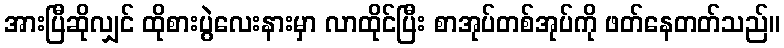
အားပြီဆိုလျှင် ထိုစားပွဲလေးနားမှာ လာထိုင်ပြီး စာအုပ်တစ်အုပ်ကို ဖတ်နေတတ်သည်။